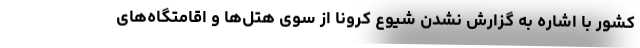
کشور با اشاره به گزارش نشدن شیوع کرونا از سوی هتل‌ها و اقامتگاه‌های